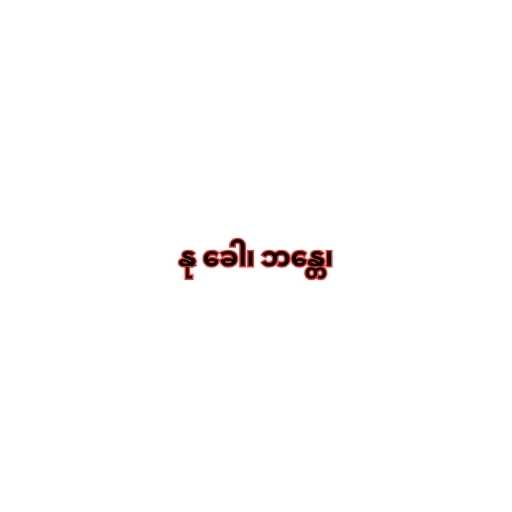
နု ခေါ၊ ဘန္တေ၊